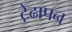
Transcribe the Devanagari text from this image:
ट़ेढापन